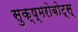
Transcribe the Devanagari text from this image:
सुक्ष्मरोबोट्स्